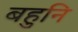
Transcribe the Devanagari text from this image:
बहुनि